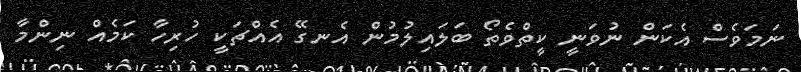
ނަމަވެސް އެކަން ނުވަނީ ކީތްވެތޯ ބަލައިލުމުން އެނގޭ އެއްޗަކީ ހުރިހާ ކަމެއް ނިންމާ